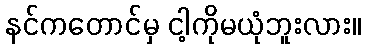
နင်ကတောင်မှ ငါ့ကိုမယုံဘူးလား။